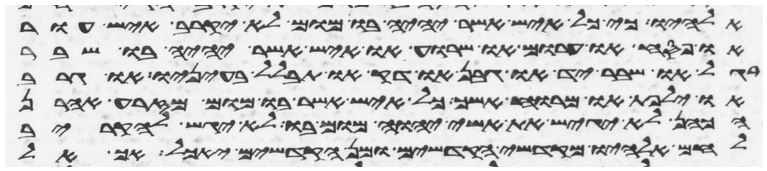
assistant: אלהיו כי כל איש אשר יהיה בו מום לא יקרב איש עור
או פסח או חרום או שרוע או איש אשר יהיה בו שבר
רגל או שבר יד או גבן או דק או תבלל בעיניו או גרב
או ילפת או מרוח אשך כל איש אשר בו מום מזרע אהרן
הכהן לא יגיש את אשי יהוה מום בו לא יגש להקריב
לחם אלהיו מקדשי הקדשים ומן הקדשים יאכל אך אל